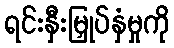
ရင်းနှီးမြှုပ်နှံမှုကို